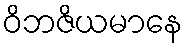
ဝိဘဇိယမာနေ